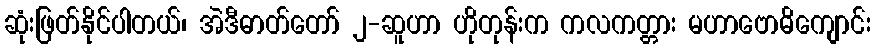
ဆုံးဖြတ်နိုင်ပါတယ်၊ အဲဒီဓာတ်တော် ၂-ဆူဟာ ဟိုတုန်းက ကလကတ္တား မဟာဗောဓိကျောင်း